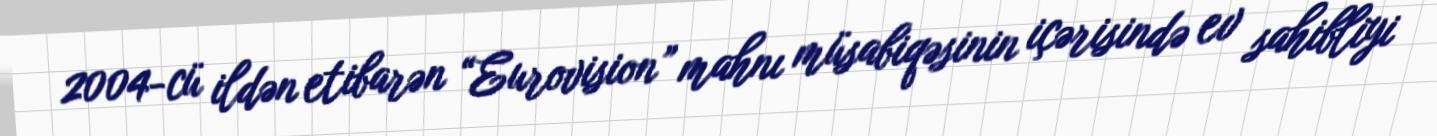
2004-cü ildən etibarən “Eurovision” mahnı müsabiqəsinin içərisində ev sahibliyi